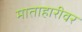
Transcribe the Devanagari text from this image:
माताहारीवर